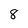
Character: 8